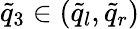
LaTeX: \tilde{q}_{3}\in(\tilde{q}_{l},\tilde{q}_{r})